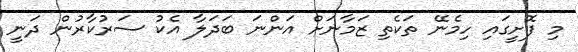
މި ފޮށީގައި ހިމެނޭ ތަކެތި ޒަމާނަށް އަންނަ ބަދަލާ އެކު ސަރުކާރުން ދަނީ